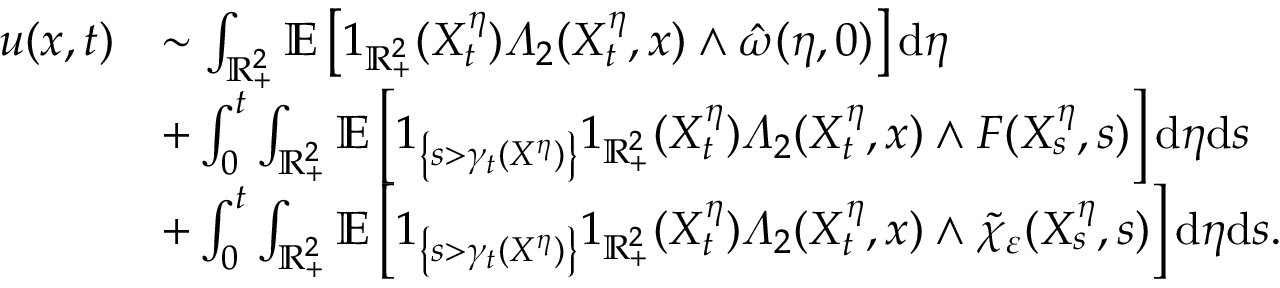
\begin{array} { r l } { u ( x , t ) } & { \sim \int _ { \mathbb { R } _ { + } ^ { 2 } } \mathbb { E } \left[ 1 _ { \mathbb { R } _ { + } ^ { 2 } } ( X _ { t } ^ { \eta } ) \varLambda _ { 2 } ( X _ { t } ^ { \eta } , x ) \wedge \hat { \omega } ( \eta , 0 ) \right] \mathrm { d } \eta } \\ & { + \int _ { 0 } ^ { t } \int _ { \mathbb { R } _ { + } ^ { 2 } } \mathbb { E } \left[ 1 _ { \left\{ s > \gamma _ { t } ( X ^ { \eta } ) \right\} } 1 _ { \mathbb { R } _ { + } ^ { 2 } } ( X _ { t } ^ { \eta } ) \varLambda _ { 2 } ( X _ { t } ^ { \eta } , x ) \wedge F ( X _ { s } ^ { \eta } , s ) \right] \mathrm { d } \eta \mathrm { d } s } \\ & { + \int _ { 0 } ^ { t } \int _ { \mathbb { R } _ { + } ^ { 2 } } \mathbb { E } \left[ 1 _ { \left\{ s > \gamma _ { t } ( X ^ { \eta } ) \right\} } 1 _ { \mathbb { R } _ { + } ^ { 2 } } ( X _ { t } ^ { \eta } ) \varLambda _ { 2 } ( X _ { t } ^ { \eta } , x ) \wedge \tilde { \chi } _ { \varepsilon } ( X _ { s } ^ { \eta } , s ) \right] \mathrm { d } \eta \mathrm { d } s . } \end{array}